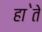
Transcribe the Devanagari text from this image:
हा॓ते